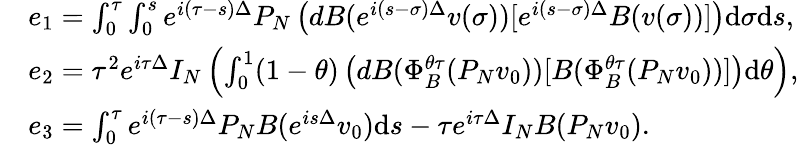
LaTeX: \begin{array}{rl}&{e_{1}=\int_{0}^{\tau}\int_{0}^{s}e^{i(\tau-s)\Delta}P_{N}\left(dB(e^{i(s-\sigma)\Delta}v(\sigma))[e^{i(s-\sigma)\Delta}B(v(\sigma))]\right)\mathrm{d}\sigma\mathrm{d}s,}\\ &{e_{2}=\tau^{2}e^{i\tau\Delta}I_{N}\left(\int_{0}^{1}(1-\theta)\left(dB(\Phi_{B}^{\theta\tau}(P_{N}v_{0}))[B(\Phi_{B}^{\theta\tau}(P_{N}v_{0}))]\right)\mathrm{d}\theta\right),}\\ &{e_{3}=\int_{0}^{\tau}e^{i(\tau-s)\Delta}P_{N}B(e^{is\Delta}v_{0})\mathrm{d}s-\tau e^{i\tau\Delta}I_{N}B(P_{N}v_{0}).}\end{array}